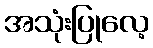
အသုံးပြုလေ့